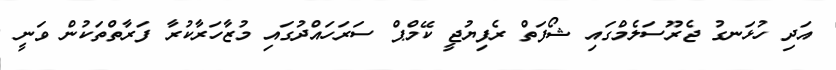
އަދި ހުޅަނގު ޖެރޫސަލެމްގައި ޝޯފަތް ރެފިޔުޖީ ކޭމްޕް ސަރަހައްދުގައި މުޒާހަރާކުރާ ފަރާތްތަކުން ވަނީ